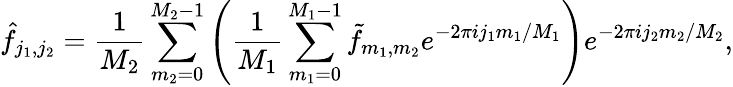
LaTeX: \hat{f}_{j_{1},j_{2}}=\frac 1{M_{2}}\sum_{m_{2}=0}^{M_{2}-1}\left(\frac 1{M_{1}}\sum_{m_{1}=0}^{M_{1}-1}\tilde{f}_{m_{1},m_{2}}e^{-2\pi ij_{1}m_{1}/M_{1}}\right)e^{-2\pi ij_{2}m_{2}/M_{2}},